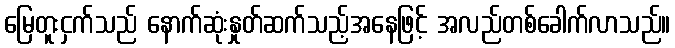
မြေတူးငှက်သည် နောက်ဆုံးနှုတ်ဆက်သည့်အနေဖြင့် အလည်တစ်ခေါက်လာသည်။